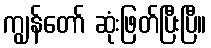
ကျွန်တော် ဆုံးဖြတ်ပြီးပြီ။